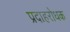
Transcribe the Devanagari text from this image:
प्रदाहरोधक